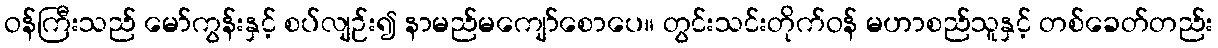
ဝန်ကြီးသည် မော်ကွန်းနှင့် စပ်လျဉ်း၍ နာမည်မကျော်စောပေ။ တွင်းသင်းတိုက်ဝန် မဟာစည်သူနှင့် တစ်ခေတ်တည်း